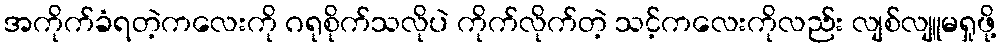
အကိုက်ခံရတဲ့ကလေးကို ဂရုစိုက်သလိုပဲ ကိုက်လိုက်တဲ့ သင့်ကလေးကိုလည်း လျစ်လျူမရှုဖို့